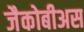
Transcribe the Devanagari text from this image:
जैकोबीअस